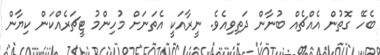
ބެހޭ ގޮތުން އެއްޗެއް ބުނާން ދަތިވިއެވެ. ނީރާއަކީ އެތަނަށް މުހިންމު ޓީޗަރެއްކަން ކިޔާން